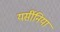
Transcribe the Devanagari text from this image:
यर्सीनिया